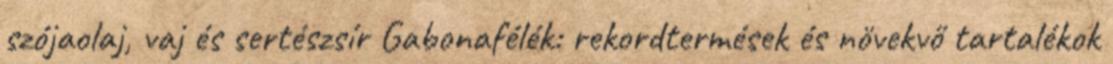
szójaolaj, vaj és sertészsír Gabonafélék: rekordtermések és növekvő tartalékok